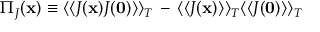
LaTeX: \Pi _ { J } ( { \bf x } ) \equiv \langle \langle J ( { \bf x } ) J ( { \bf 0 } ) \rangle \rangle _ { T } \, - \, \langle \langle J ( { \bf x } ) \rangle \rangle _ { T } \langle \langle J ( { \bf 0 } ) \rangle \rangle _ { T }